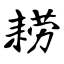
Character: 耢